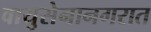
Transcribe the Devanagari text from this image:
वायुसेनानगरात